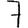
Digit: 7